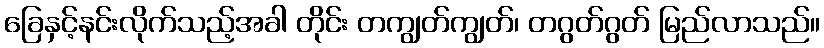
ခြေနှင့်နင်းလိုက်သည့်အခါ တိုင်း တကျွတ်ကျွတ်၊ တဂွတ်ဂွတ် မြည်လာသည်။